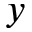
y